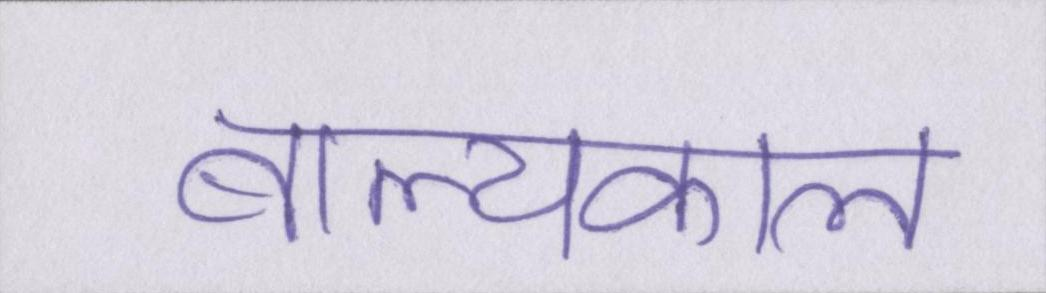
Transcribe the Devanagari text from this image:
बाल्यकाल